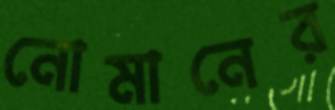
নোমানের